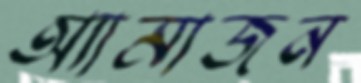
অ্যামাজন